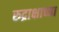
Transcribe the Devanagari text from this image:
रुद्राक्षाच्या